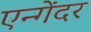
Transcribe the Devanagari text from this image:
एन्गेंदर